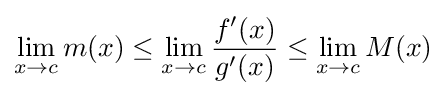
\lim _{x\to c}m(x)\leq \lim _{x\to c}{\frac {f'(x)}{g'(x)}}\leq \lim _{x\to c}M(x)